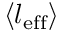
\langle l _ { \mathrm { e f f } } \rangle